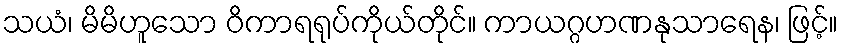
သယံ၊ မိမိဟူသော ဝိကာရရုပ်ကိုယ်တိုင်။ ကာယဂ္ဂဟဏနုသာရေန၊ ဖြင့်။